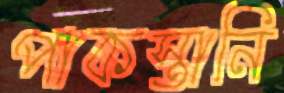
পাকস্তানি